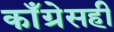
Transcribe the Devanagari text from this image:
काँग्रेसही